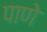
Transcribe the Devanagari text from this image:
पाणे